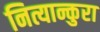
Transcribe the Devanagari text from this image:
नित्यान्कुरा